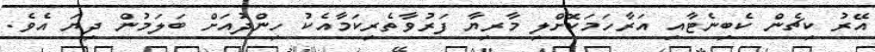
އޭރު ކިޗެން ކެބިނެޓާއި އަރާހަމަކޮށްލި މާރިޔާ ފަރުވާތެރިކަމާއެކު ހިންދުއަށް ބަލަމުން ދިޔަ އެވެ.